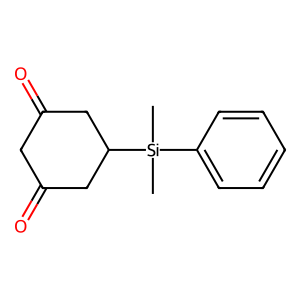
SMILES: C[Si](C)(c1ccccc1)C1CC(=O)CC(=O)C1
Inhibits HIV replication: No